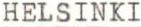
HELSINKI